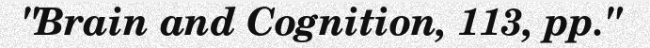
"Brain and Cognition, 113, pp."